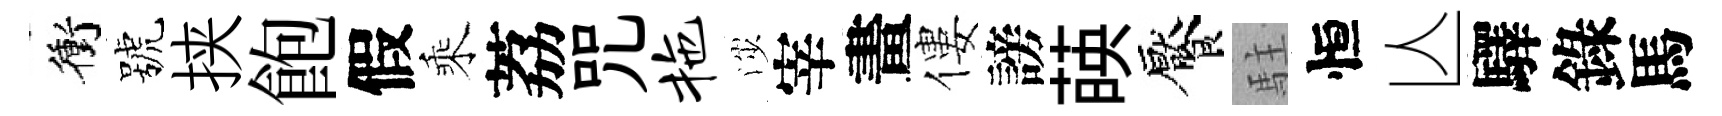
衝號挟飽假乘荔咒拖渉宰畫僂謗𦴤饜駐恒亾驛錄馬